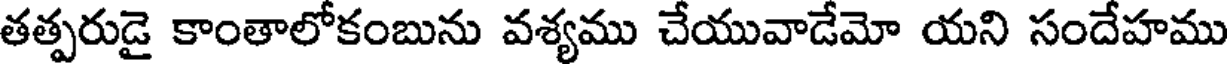
తత్పరుడై కాంతాలోకంబును వశ్యము చేయువాడేమో యని సందేహము